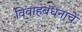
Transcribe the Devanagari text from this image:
विवाहबंधनाचे